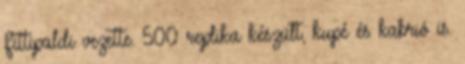
Fittipaldi vezette. 500 replika készült, kupé és kabrió is.